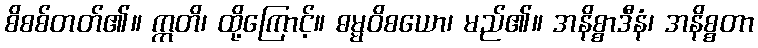
စိစစ်တတ်၏။ ဣတိ၊ ထို့ကြောင့်။ ဓမ္မဝိစယော၊ မည်၏။ အနိစ္စာဒီနံ၊ အနိစ္စတာ